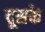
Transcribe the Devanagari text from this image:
दूसके